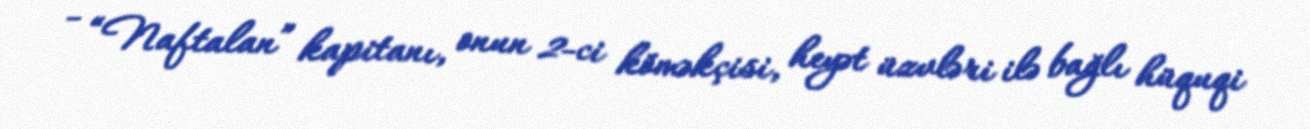
- “Naftalan” kapitanı, onun 2-ci köməkçisi, heyət üzvləri ilə bağlı hüquqi